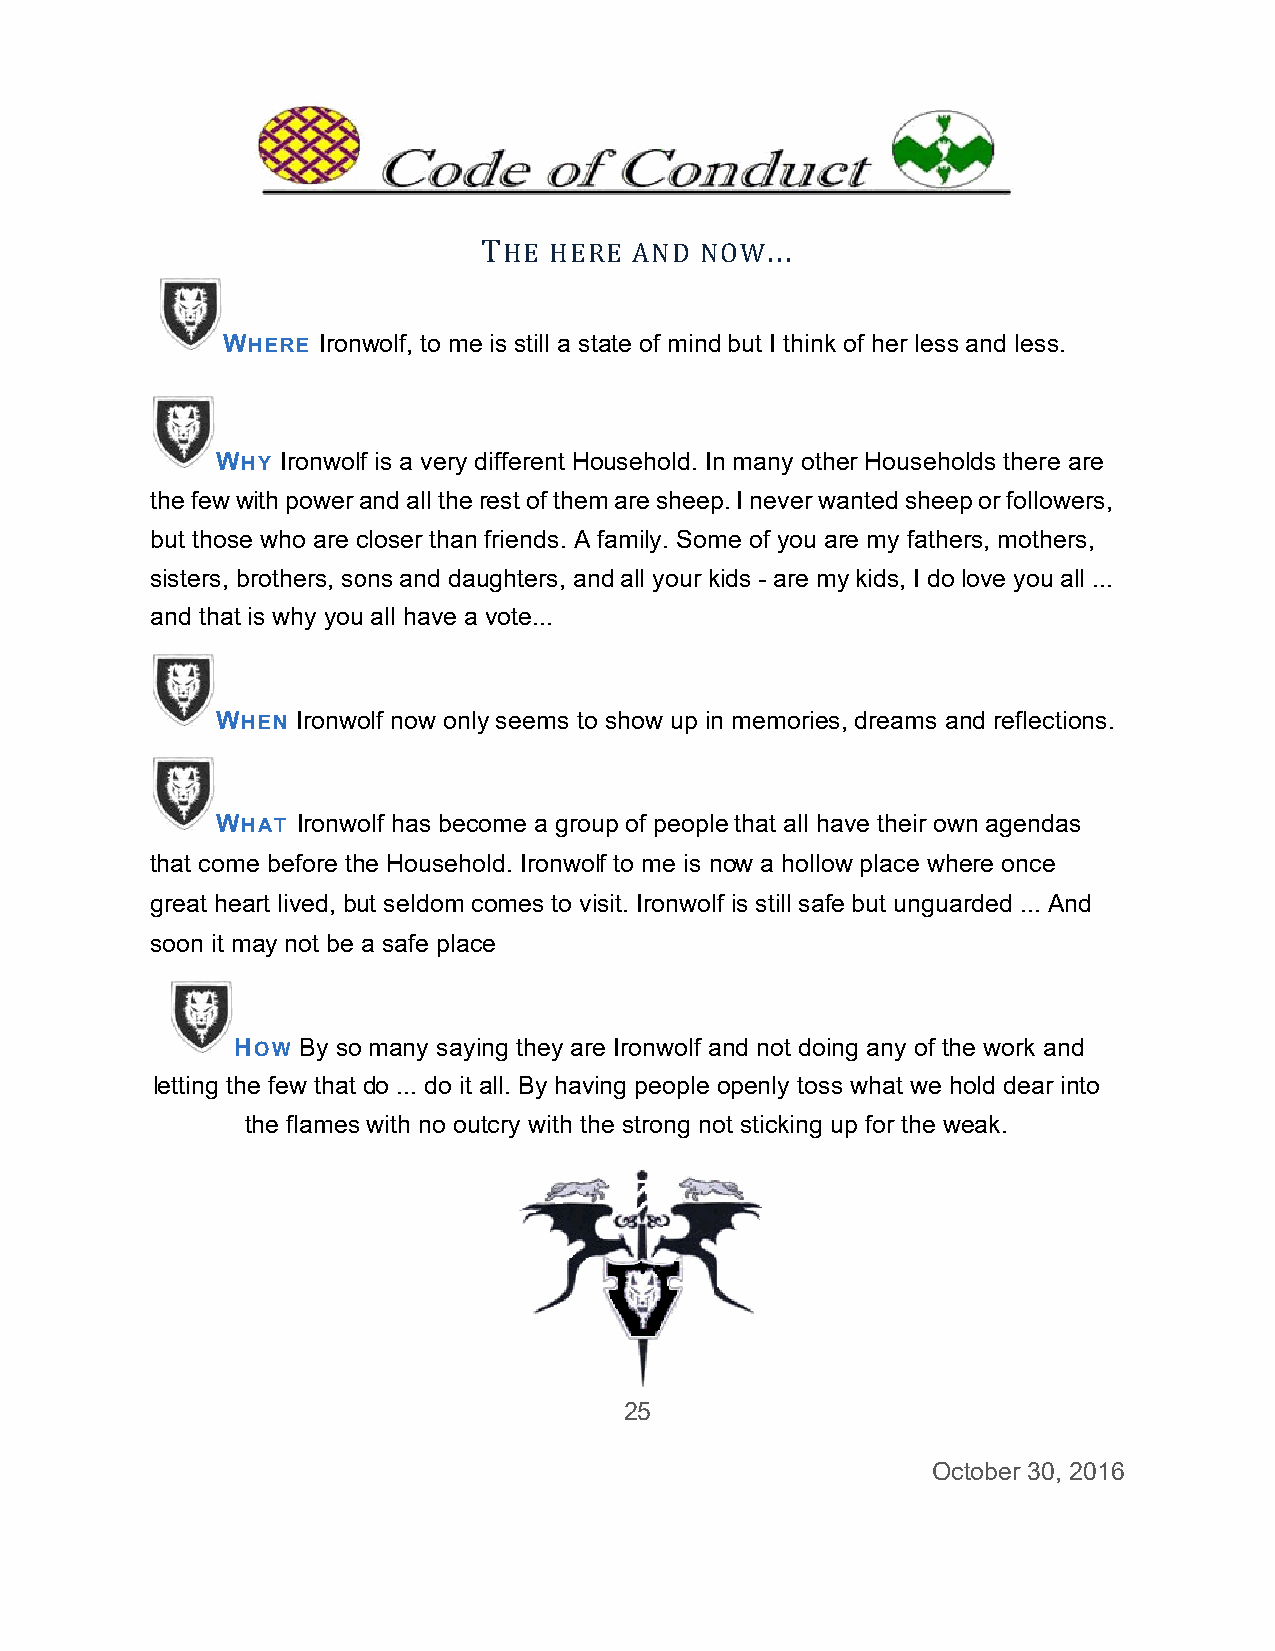
THE HERRE AND NNOW...
 WWHERE Ironnwolf, to mee is still a sttate of mindd but I thinkk of her lesss and less.
 WWHY Ironwollf is a very ddifferent Hoousehold. Inn many othher Househoolds there aare
 the few wwith power and all the rest of themm are sheepp. I never wwanted sheeep or followeers,
 but those who are ccloser than friends. A family. Somme of you aare my fatheers, motherrs,
 sisters, bbrothers, soons and daughters, annd all your kkids - are mmy kids, I doo love you aall ...
 and thatt is why youu all have aa vote...
 WWHEN Ironwolf now only seems too show up inn memoriess, dreams aand reflectioons.
 WWHAT Ironwolf has beccome a grouup of people that all haave their owwn agendass
 that comme before thhe Househoold. Ironwolf to me is nnow a holloow place whhere once
 great heeart lived, but seldom ccomes to viisit. Ironwollf is still safee but unguaarded ... Annd
 soon it mmay not be a safe placce
 HHOW By soo many saying they aree Ironwolf aand not doinng any of thhe work andd
 letting thhe few that do ... do it all. By having people openly tosss what we hhold dear innto
 the flamess with no ouutcry with thhe strong noot sticking uup for the wweak.
 25
 Occtober 30, 22016